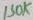
Text: 130K